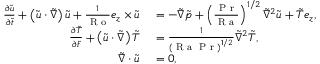
\begin{array} { r l } { \frac { \partial \tilde { \boldsymbol { u } } } { \partial \tilde { t } } + \left( \tilde { \boldsymbol { u } } \cdot \tilde { \boldsymbol { \nabla } } \right) \tilde { \boldsymbol { u } } + \frac { 1 } { \textrm { R o } } \boldsymbol { e } _ { z } \times \tilde { \boldsymbol { u } } } & { { } = - \tilde { \boldsymbol { \nabla } } \tilde { p } + \left( \frac { \textrm { P r } } { \textrm { R a } } \right) ^ { 1 / 2 } \tilde { \nabla } ^ { 2 } \tilde { \boldsymbol { u } } + \tilde { T } \boldsymbol { e } _ { z } , } \\ { \frac { \partial \tilde { T } } { \partial \tilde { t } } + \left( \tilde { \boldsymbol { u } } \cdot \tilde { \boldsymbol { \nabla } } \right) \tilde { T } } & { { } = \frac { 1 } { \left( \textrm { R a } \textrm { P r } \right) ^ { 1 / 2 } } \tilde { \nabla } ^ { 2 } \tilde { T } , } \\ { \tilde { \boldsymbol { \nabla } } \cdot \tilde { \boldsymbol { u } } } & { { } = 0 , } \end{array}